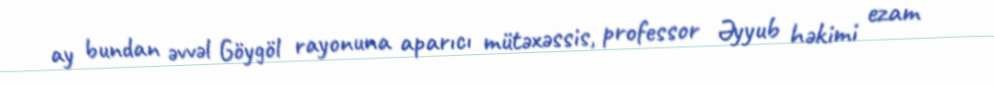
ay bundan əvvəl Göygöl rayonuna aparıcı mütəxəssis, professor Əyyub həkimi ezam